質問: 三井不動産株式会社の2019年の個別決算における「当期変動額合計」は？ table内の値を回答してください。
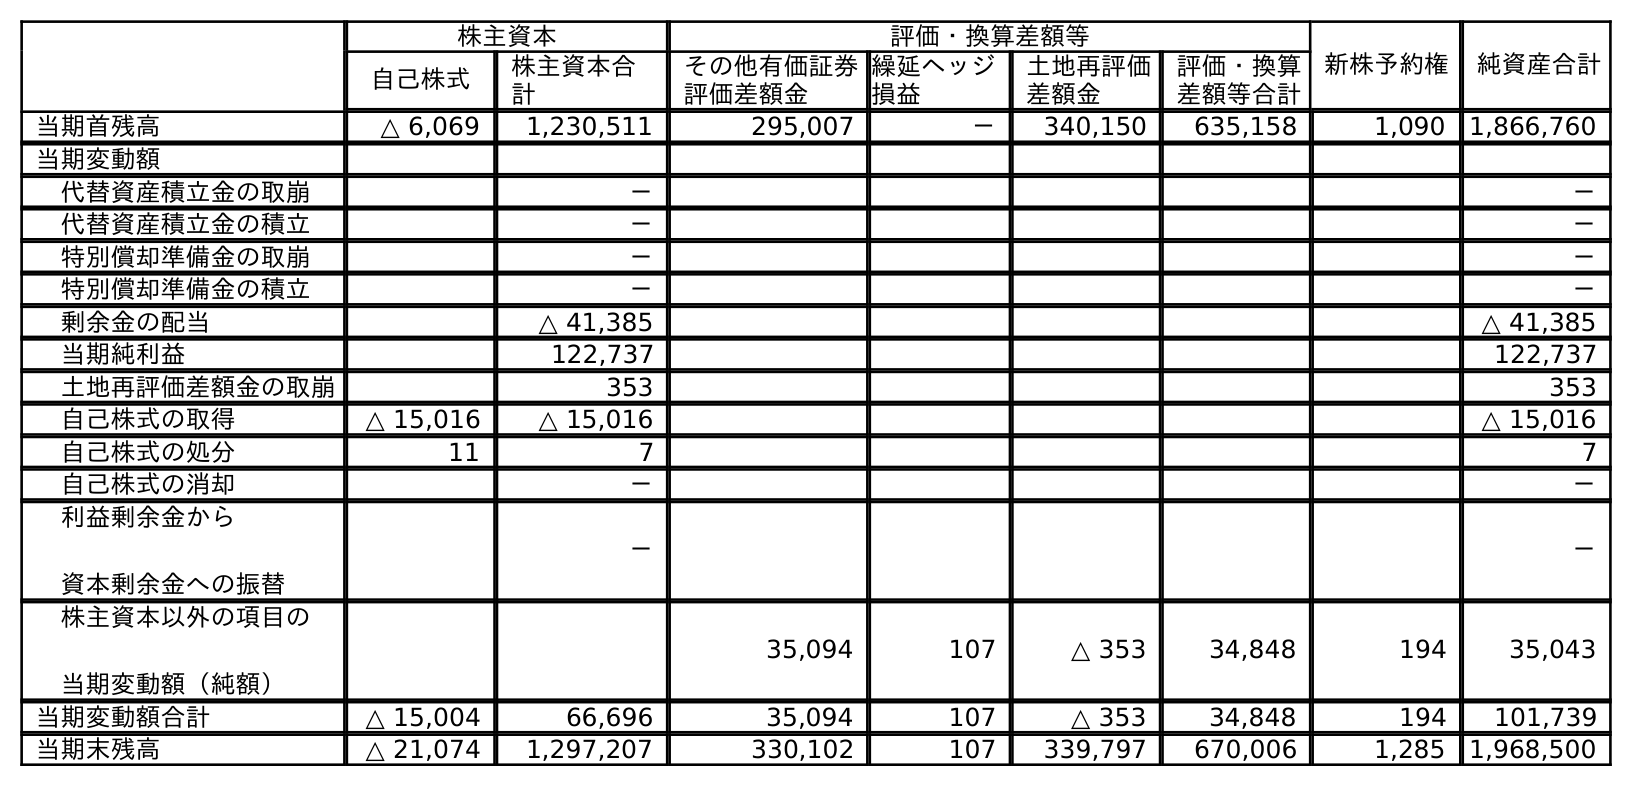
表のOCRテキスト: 株主資本 評価・換算差額等 新株予約権 純資産合計 自己株式 株主資本合 計 その他有価証券 評価差額金 繰延ヘッジ 損益 土地再評価 差額金 評価・換算 差額等合計 当期首残高 △ 6,069 1,230,511 295,007 － 340,150 635,158 1,090 1,866,760 当期変動額 代替資産積立金の取崩 － － 代替資産積立金の積立 － － 特別償却準備金の取崩 － － 特別償却準備金の積立 － － 剰余金の配当 △ 41,385 △ 41,385 当期純利益 122,737 122,737 土地再評価差額金の取崩 353 353 自己株式の取得 △ 15,016 △ 15,016 △ 15,016 自己株式の処分 11 7 7 自己株式の消却 － － 利益剰余金から 資本剰余金への振替 － － 株主資本以外の項目の 当期変動額（純額） 35,094 107 △ 353 34,848 194 35,043 当期変動額合計 △ 15,004 66,696 35,094 107 △ 353 34,848 194 101,739 当期末残高 △ 21,074 1,297,207 330,102 107 339,797 670,006 1,285 1,968,500
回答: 101,739